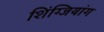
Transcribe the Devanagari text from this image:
शिंग्जियांग